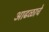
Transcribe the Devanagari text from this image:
आढळाचे